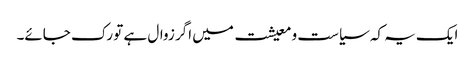
ایک یہ کہ سیاست و معیشت میں اگر زوال ہے تو رک جائے۔